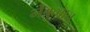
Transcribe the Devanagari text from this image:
नेत्रुत्वात